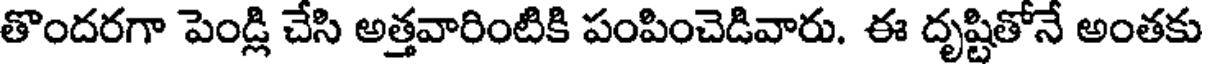
తొందరగా పెండ్లి చేసి అత్తవారింటికి పంపించెడివారు. ఈ దృష్టితోనే అంతకు